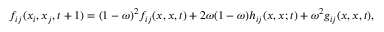
f _ { i j } ( x _ { i } , x _ { j } , t + 1 ) = ( 1 - \omega ) ^ { 2 } f _ { i j } ( x , x , t ) + 2 \omega ( 1 - \omega ) h _ { i j } ( x , x ; t ) + \omega ^ { 2 } g _ { i j } ( x , x , t ) ,